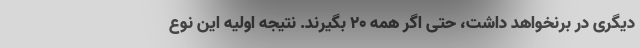
دیگری در برنخواهد داشت، حتی اگر همه ۲۰ بگیرند. نتیجه اولیه این نوع